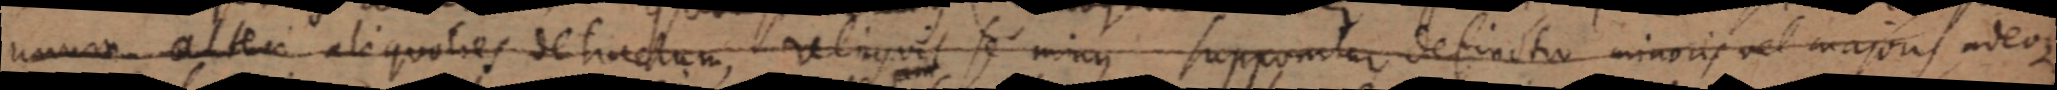
unum alteri aliqualies detractum, relinquit se minus supponitur definitio minoris vel majoris adeoque